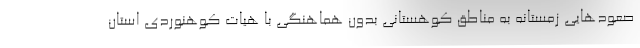
صعودهایی زمستانه به مناطق کوهستانی بدون هماهنگی با هیات کوهنوردی استان